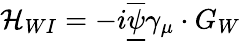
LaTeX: \mathcal{H}_{WI}=-i\overline{{{\underline{{{\psi}}}}}}\gamma_{\mu}\cdot G_{W}